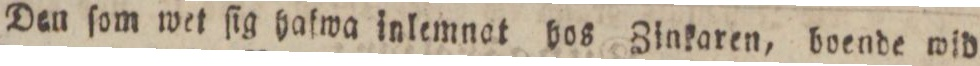
Den ſom wet ſig hafwa inlemnat hos Zinkaren, boende wid